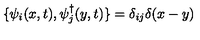
\{ \psi _ { i } ( x , t ) , \psi _ { j } ^ { \dagger } ( y , t ) \} = \delta _ { i j } \delta ( x - y )